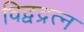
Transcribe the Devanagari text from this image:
विद्वद्रत्न